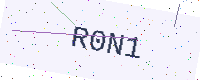
Text: R0N1